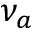
\nu _ { a }